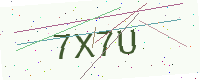
Text: 7X7U